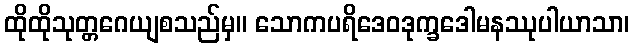
ထိုထိုသုတ္တဂေယျစသည်မှ။ သောကပရိဒေဝဒုက္ခဒေါမနဿုပါယာသာ၊